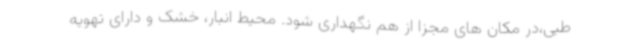
طبی،در مکان های مجزا از هم نگهداری شود. محیط انبار، خشک و دارای تهویه